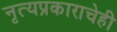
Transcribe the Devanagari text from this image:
नृत्यप्रकाराचेही